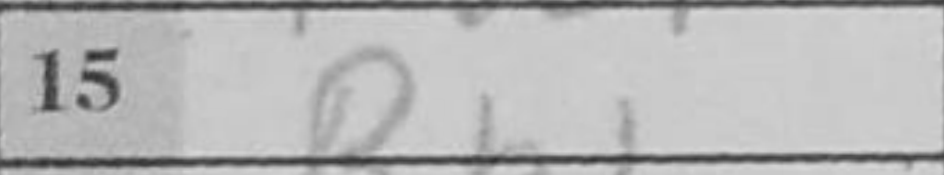
Transcription: Rb1